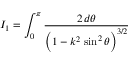
I _ { 1 } = \int _ { 0 } ^ { \pi } \frac { 2 \, d \theta } { \bigg ( 1 - k ^ { 2 } \, \sin ^ { 2 } \theta \bigg ) ^ { 3 / 2 } }